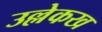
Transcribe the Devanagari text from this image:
उल्लेकख